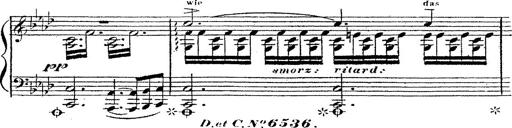
Title: 12 Lieder von Franz Schubert
Composer: Franz Liszt